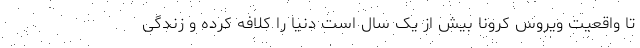
تا واقعیت ویروس کرونا بیش از یک سال است دنیا را کلافه کرده و زندگی